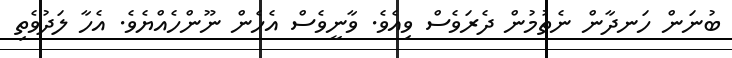
ބުނަން ހަނދާން ނެތުމުން ދެރަވެސް ވިއެވެ. ވާނީވެސް އެހެން ނޫންހެއްޔެވެ. އެހާ ލަދުވެތި